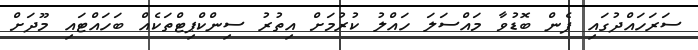
ސަރަހައްދުގައި ފެން ބޮޑުވާ މައްސަލަ ހައްލު ކުރުމަށް އިތުރު ސިންކްޕިޓްތަކެއް ބަހައްޓައި މޫދަށް